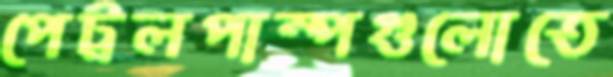
পেট্রলপাম্পগুলোতে